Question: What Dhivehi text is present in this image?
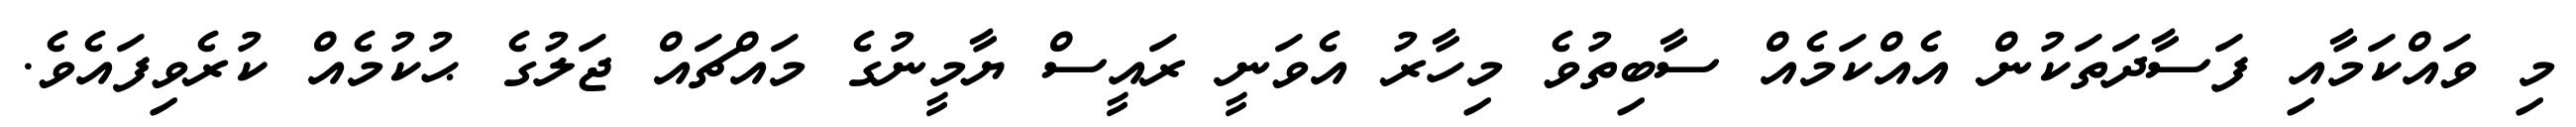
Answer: މި ވައްކަމާއި ފަސާދަތަކުން އެއްކަމެއް ސާބިތުވެ މިހާރު އެވަނީ ރައީސް ޔާމީނުގެ މައްޗައް ޖަލުގެ ޙުކުމެއް ކުރެވިފައެވެ.